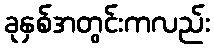
ခုနှစ်အတွင်းကလည်း